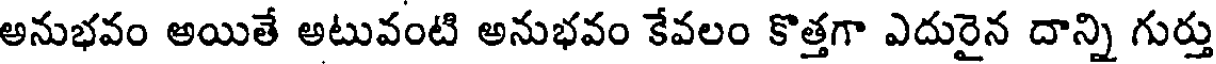
అనుభవం అయితే అటువంటి అనుభవం కేవలం కొత్తగా ఎదురైన దాన్ని గుర్తు